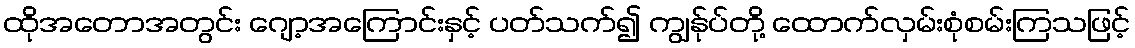
ထိုအတောအတွင်း ဂျော့အကြောင်းနှင့် ပတ်သက်၍ ကျွန်ုပ်တို့ ထောက်လှမ်းစုံစမ်းကြသဖြင့်